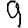
Digit: 9